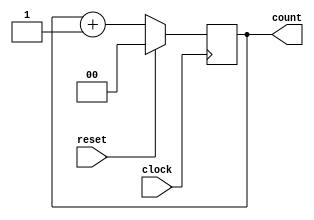
module binary_counter (
    input wire clock,          // Clock input
    input wire reset,          // Synchronous reset input
    output reg [1:0] count     // 2-bit counter output
);

// Always block triggered on the rising edge of the clock
always @(posedge clock) begin
    // Check for synchronous reset condition
    if (reset) begin
        count <= 2'b00;       // Reset count to 0
    end else begin
        count <= count + 1;   // Increment count
    end
end

endmodule